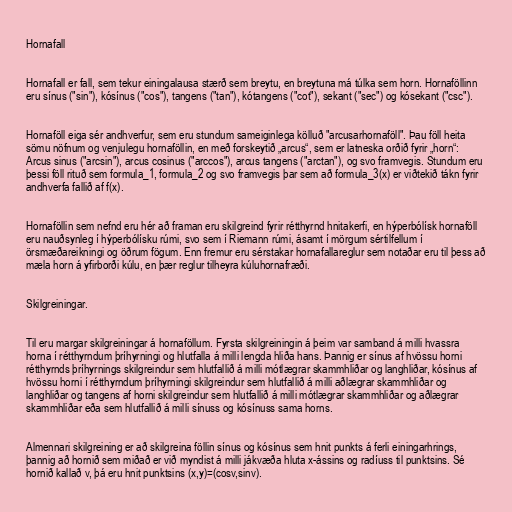
Hornafall

Hornafall er fall, sem tekur einingalausa stærð sem breytu, en breytuna má túlka sem horn. Hornaföllinn
eru sínus ("sin"), kósínus ("cos"), tangens ("tan"), kótangens ("cot"), sekant ("sec") og kósekant ("csc").

Hornaföll eiga sér andhverfur, sem eru stundum sameiginlega kölluð "arcusarhornaföll". Þau föll heita
sömu nöfnum og venjulegu hornaföllin, en með forskeytið „arcus“, sem er latneska orðið fyrir „horn“:
Arcus sinus ("arcsin"), arcus cosinus ("arccos"), arcus tangens ("arctan"), og svo framvegis. Stundum eru
þessi föll rituð sem formula_1, formula_2 og svo framvegis þar sem að formula_3(x) er viðtekið tákn fyrir
andhverfa fallið af f(x).

Hornaföllin sem nefnd eru hér að framan eru skilgreind fyrir rétthyrnd hnitakerfi, en hýperbólísk hornaföll
eru nauðsynleg í hýperbólísku rúmi, svo sem í Riemann rúmi, ásamt í mörgum sértilfellum í
örsmæðareikningi og öðrum fögum. Enn fremur eru sérstakar hornafallareglur sem notaðar eru til þess að
mæla horn á yfirborði kúlu, en þær reglur tilheyra kúluhornafræði.

Skilgreiningar.

Til eru margar skilgreiningar á hornaföllum. Fyrsta skilgreiningin á þeim var samband á milli hvassra
horna í rétthyrndum þríhyrningi og hlutfalla á milli lengda hliða hans. Þannig er sínus af hvössu horni
rétthyrnds þríhyrnings skilgreindur sem hlutfallið á milli mótlægrar skammhliðar og langhliðar, kósínus af
hvössu horni í rétthyrndum þríhyrningi skilgreindur sem hlutfallið á milli aðlægrar skammhliðar og
langhliðar og tangens af horni skilgreindur sem hlutfallið á milli mótlægrar skammhliðar og aðlægrar
skammhliðar eða sem hlutfallið á milli sínuss og kósínuss sama horns.

Almennari skilgreining er að skilgreina föllin sínus og kósínus sem hnit punkts á ferli einingarhrings,
þannig að hornið sem miðað er við myndist á milli jákvæða hluta x-ássins og radíuss til punktsins. Sé
hornið kallað v, þá eru hnit punktsins (x,y)=(cosv,sinv).